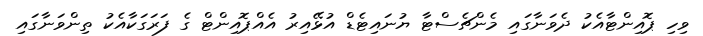
ވިހި ޕޮއިންޓާއެކު ދެވަނާގައި މެންޗެސްޓާ ޔުނައިޓެޑް އުޅޭއިރު އެއްޕޮއިންޓް ގެ ފަރަގަކާއެކު ތިންވަނާގައި